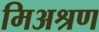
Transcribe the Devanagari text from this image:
मिअश्रण